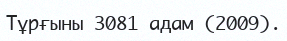
Тұрғыны 3081 адам (2009).